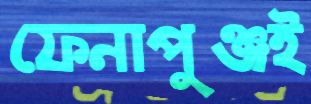
ফেনাপুঞ্জই